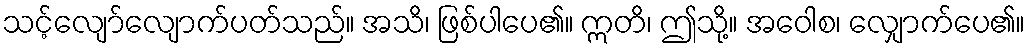
သင့်လျော်လျောက်ပတ်သည်။ အသိ၊ ဖြစ်ပါပေ၏။ ဣတိ၊ ဤသို့။ အဝေါစ၊ လျှောက်ပေ၏။